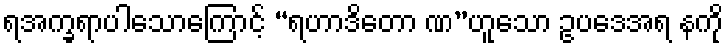
ရအက္ခရာပါသောကြောင့် “ရဟာဒိတော ဏ”ဟူသော ဥပဒေအရ နကို